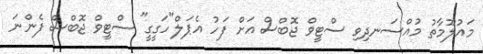
މައުލޫމާތު މުއްސަނދިވި ސްޓީވް ޖޮބްސް އަށް ފަހު އެޕަލް"ހަގީގީ" ސްޓީވް ޖޮބްސް ފެންނަ